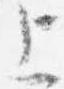
上